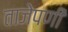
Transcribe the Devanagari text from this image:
ताजेपणी